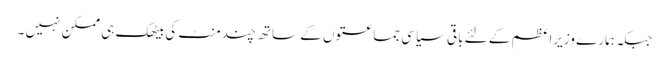
جبکہ ہمارے وزیراعظم کے لئے باقی سیاسی جماعتوں کے ساتھ چند منٹ کی بیٹھک ہی ممکن نہیں ۔